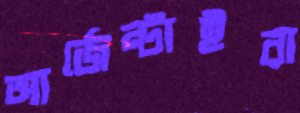
আর্জেন্টাইরা